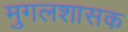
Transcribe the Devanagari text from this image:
मुगलशासक